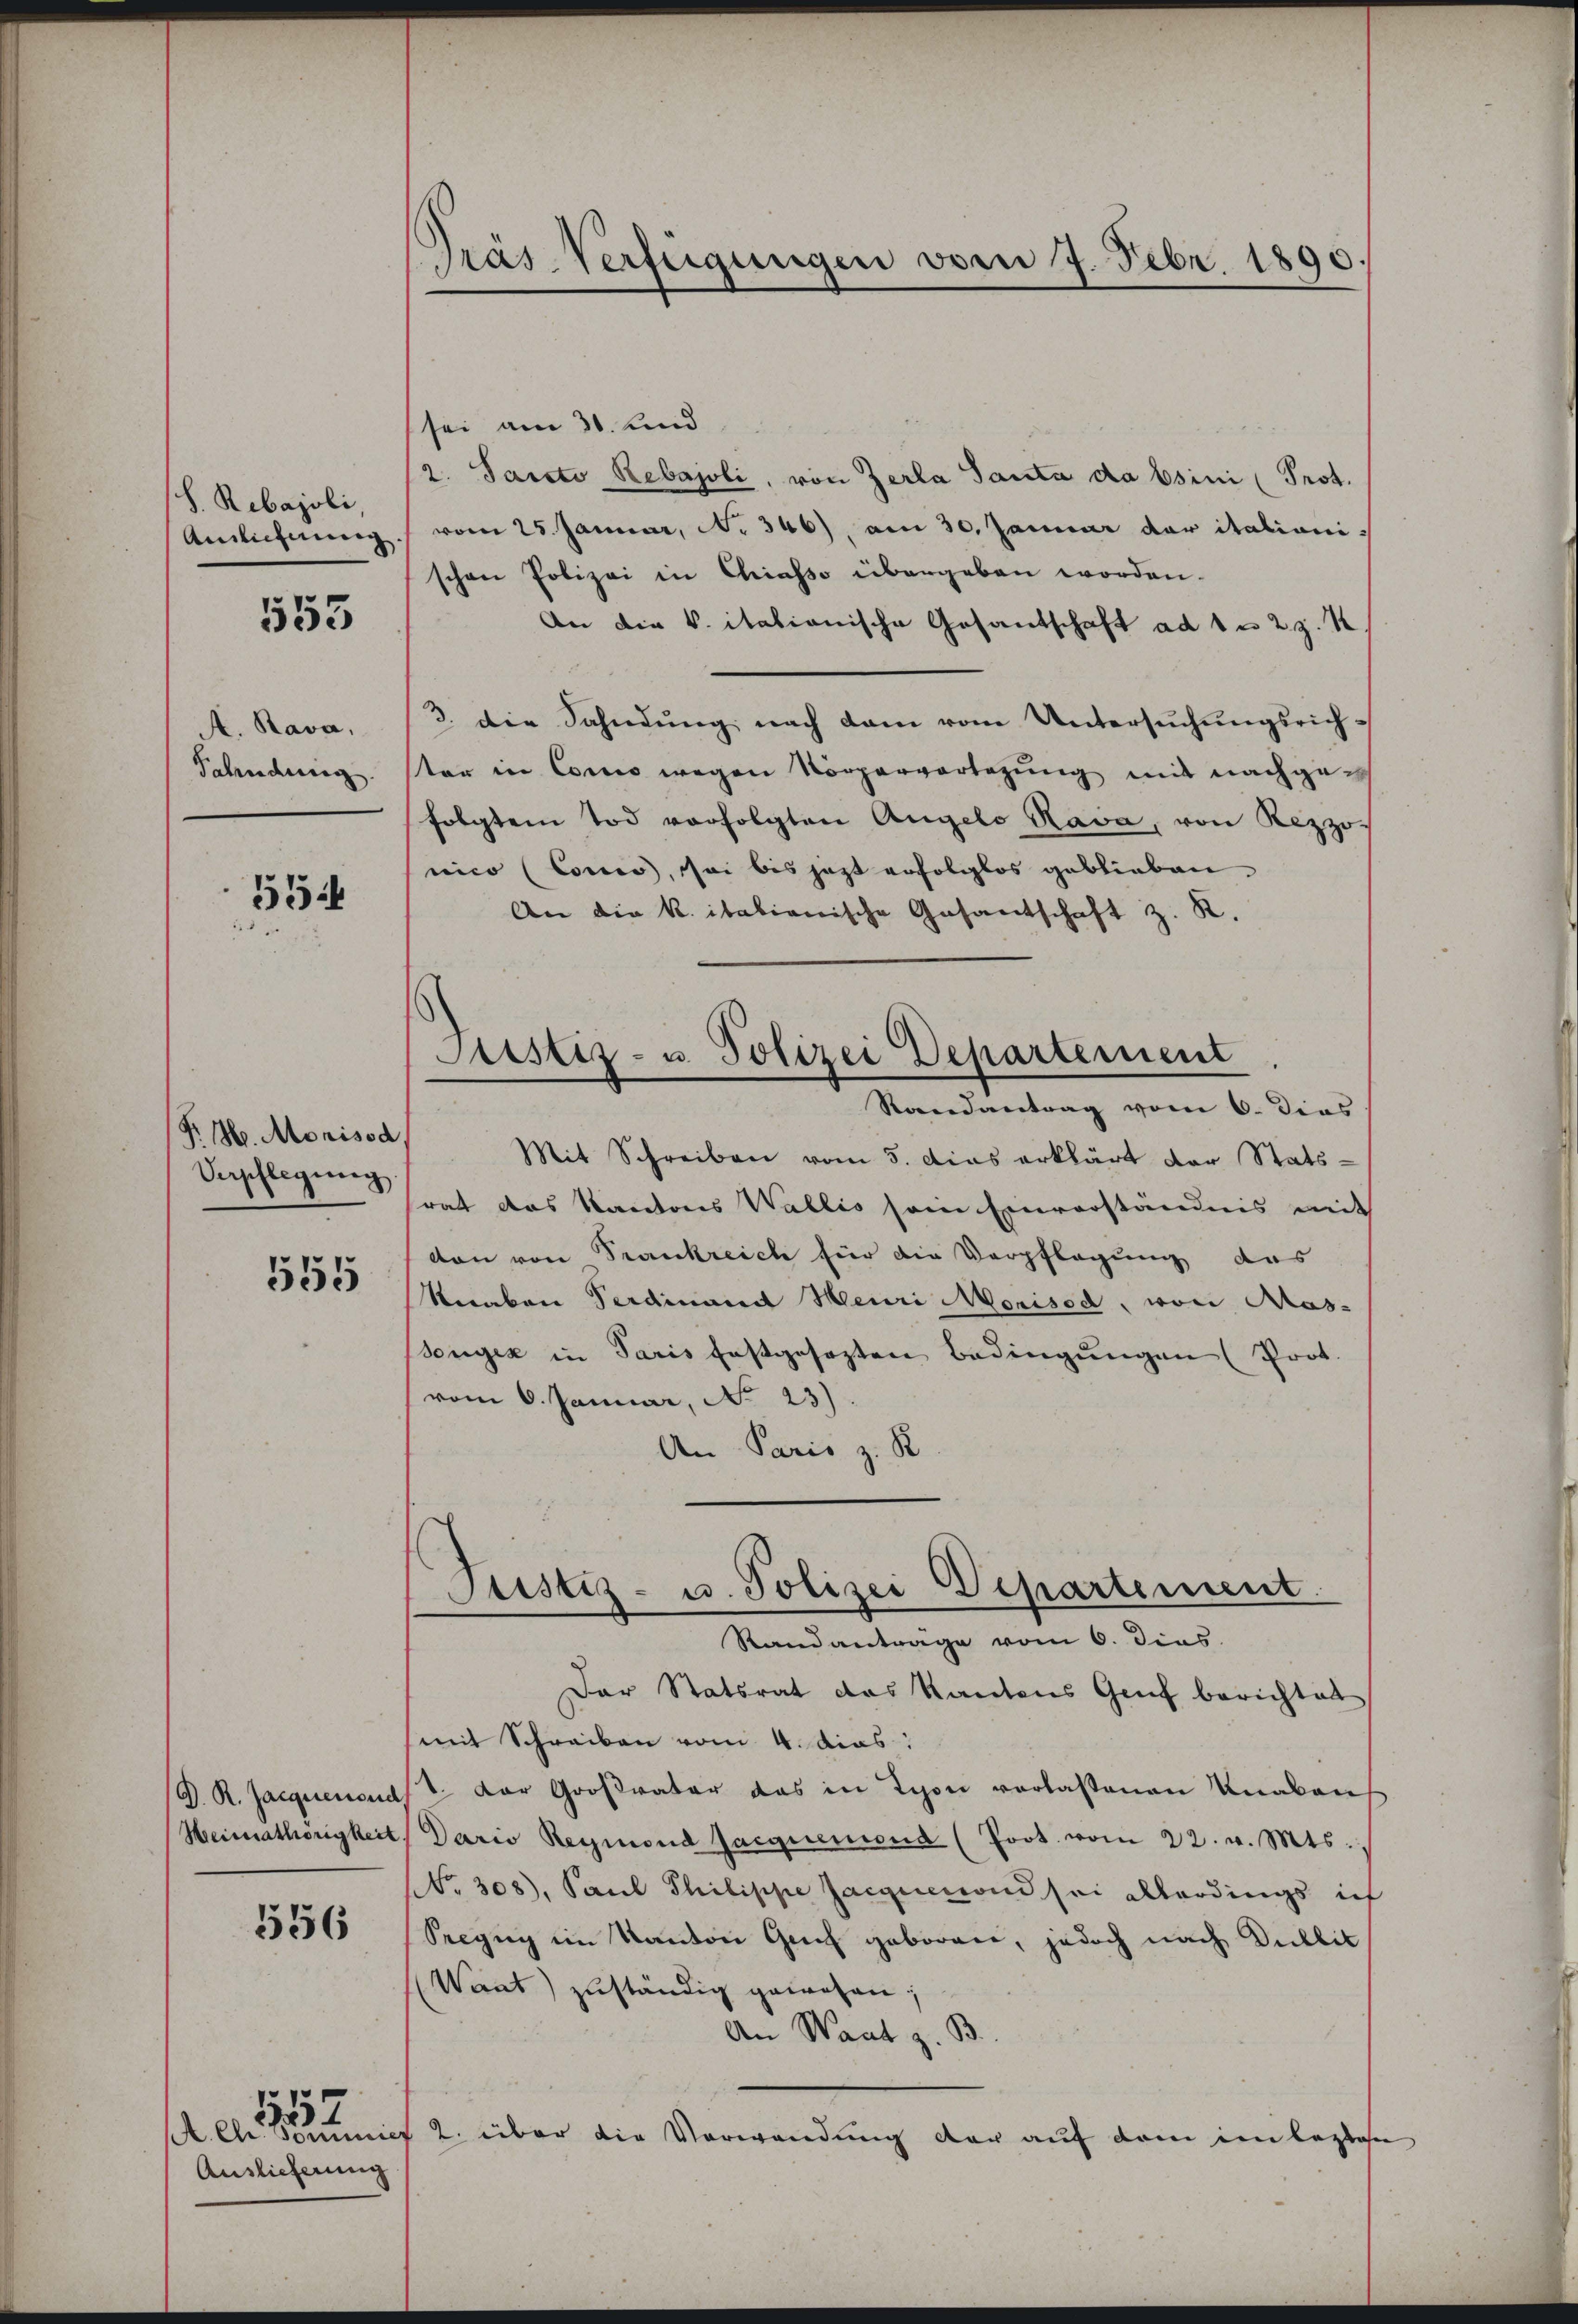
S. Rebajoli,

553

A. Rava,
Fahndung.

55

Fr. H. Morisod
Verpflegŭng.
555

556

A. Chr. Vorsic
Auslieferung

1552

Pras Verfügungen vom 7. Febr. 1890

sei am 31. und
2. Parto Rebajoli, von Zerla Tanta da bsini Prot.
Anlieferung vom 25. Januar, No 346), am 30. Januar der italiani-
schen Polizei in Chiasso übergeben worden.
An die k. itationische Gesandschaft ad 1 n 2. z. K.
3. die Sahndŭng nach dem vom Untersŭchŭngsrichter in Como wegen Körperverlegung mit nachgefolgtem Tod vorfolgten Angelo Rava, von Rezzo-
nico (Cones, sei bis jetzt erfolglos geblieben.
An die k. italienische Gesantschaft z. R.
Mit Schreiben vom 5. Das erklärt der Stats-
rat das Kantons Wallis sein Einverständnis mit
von von Trankreich für die Verpflegung des
Secaben Verdinand Meuri Monised, von Mas-
senger in Paris festgesezten Bedingungen (Prot.
(vom 6. Januar, No 23).
An Paris z. B.
Justiz- u. Polizei Departement
Randanträge vom 6. dies
Der Statsrat das Kantons Genf berichtet
mit Schreiben vom 4. das
D.R. Jacquemend. Der Großvater das in Ton verlaßenen Knaben
Heimathörigkeit, Dario Reymond Jacquerrond (Poot. vom 22. v. Mts.
NNo. 308), Paul Philippe Jacquierend sei allerdings ich
Seezug im Kanton Gech geboren, jedoch nach Dullit
Want zuständig gewesen;
An Waat z. B.
c 2. über die Verwendung der auf dem im lezten

Justiz- u. Polizei Departement
Randantrag vom 6. Dies